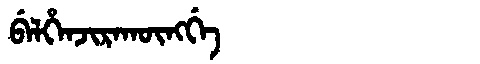
Manchu: ᠪᡝᠯᡥᡝᠨᠵᡳᡵᠠᡴᡡᠩᡤᡝ
Romanization: BELHENJIRAKŪNGGE